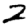
Digit: 2